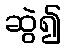
ဆွဲ၍